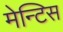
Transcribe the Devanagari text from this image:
मेन्टिस